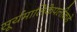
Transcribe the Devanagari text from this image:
सूर्यमालिकेपलीकडे